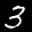
Label: 3